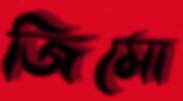
জিমো